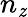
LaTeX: n_{\mathit{z}}